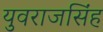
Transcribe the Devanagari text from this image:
युवराजसिंह